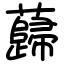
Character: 蘬